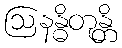
ဩနန္ဓိတုန္တိ